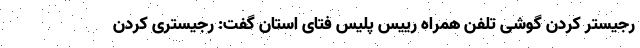
رجیستر کردن گوشی تلفن همراه رییس پلیس فتای استان گفت: رجیستری کردن